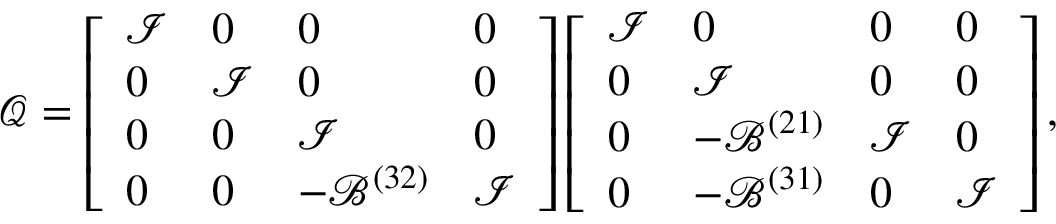
\boldsymbol { \mathcal { Q } } = \left[ \begin{array} { l l l l } { \mathcal { I } } & { 0 } & { 0 } & { 0 } \\ { 0 } & { \mathcal { I } } & { 0 } & { 0 } \\ { 0 } & { 0 } & { \mathcal { I } } & { 0 } \\ { 0 } & { 0 } & { - \mathcal { B } ^ { ( 3 2 ) } } & { \mathcal { I } } \end{array} \right] \left[ \begin{array} { l l l l } { \mathcal { I } } & { 0 } & { 0 } & { 0 } \\ { 0 } & { \mathcal { I } } & { 0 } & { 0 } \\ { 0 } & { - \mathcal { B } ^ { ( 2 1 ) } } & { \mathcal { I } } & { 0 } \\ { 0 } & { - \mathcal { B } ^ { ( 3 1 ) } } & { 0 } & { \mathcal { I } } \end{array} \right] ,